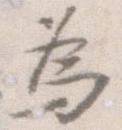
為